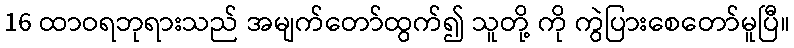
16 ထာဝရဘုရားသည် အမျက်တော်ထွက်၍ သူတို့ ကို ကွဲပြားစေတော်မူပြီ။